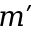
m ^ { \prime }